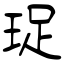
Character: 珿